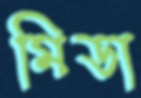
মিডা